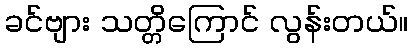
ခင်ဗျား သတ္တိကြောင် လွန်းတယ်။